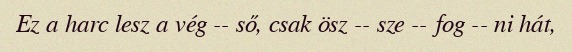
Ez a harc lesz a vég -- ső, csak ösz -- sze -- fog -- ni hát,